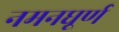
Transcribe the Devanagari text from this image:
नमनघूर्ण